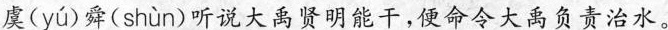
虞( yú )舜( shùn )听说大禹贤明能干，便命令大禹负责治水。